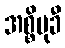
အစ္စိမုခီ